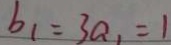
b _ { 1 } = 3 a _ { 1 } = 1